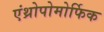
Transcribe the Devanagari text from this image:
एंथ्रोपोमोर्फिक